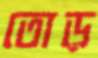
তোড়